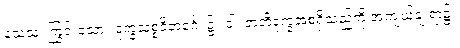
သေသံ၊ ကြွင်းသော။ ဒုက္ခသစ္စဝိဘင်္ဂေ၊ ၌။ ဝါ၊ ဇာတိဒုက္ခအစရှိသည်ကို အကျယ်ချဲ့ရာ၌။